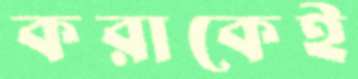
করাকেই